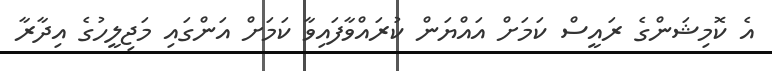
އެ ކޮމިޝަންގެ ރައީސް ކަމަށް އައްޔަން ކުރައްވާފައިވާ ކަމަށް އަންގައި މަޖިލީހުގެ އިދާރާ